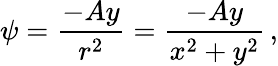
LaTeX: \psi={\frac{-Ay}{r^{2}}}={\frac{-Ay}{x^{2}+y^{2}}}\, ,